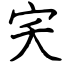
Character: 宎